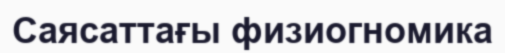
Саясаттағы физиогномика